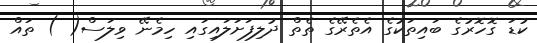
ކުޑަ ގޮހޮރުގެ ބައިތަކުގެ އެތެރޭގެ ތެތް ދުލިފަށަލައިގައި ހިމެނޭ ވިލަސް( ) ތައް